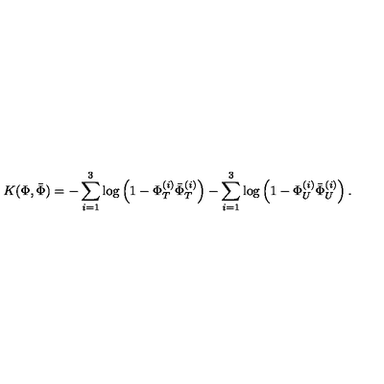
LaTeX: K ( \Phi , { \bar { \Phi } } ) = - \sum _ { i = 1 } ^ { 3 } \log \left( 1 - \Phi _ { T } ^ { ( i ) } { \bar { \Phi } } _ { T } ^ { ( i ) } \right) - \sum _ { i = 1 } ^ { 3 } \log \left( 1 - \Phi _ { U } ^ { ( i ) } { \bar { \Phi } } _ { U } ^ { ( i ) } \right) .